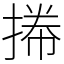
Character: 𢯭